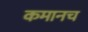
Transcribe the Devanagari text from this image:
कमानच